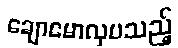
ချောမောလှပသည့်